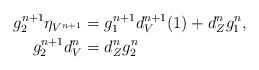
LaTeX: \begin{align*}g_2^{n+1}\eta_{V^{n+1}}&=g_1^{n+1}d_V^{n+1}(1)+d_Z^ng_1^n, \\g_2^{n+1}d_V^n&=d_Z^ng_2^n \end{align*}